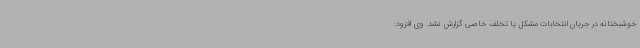
خوشبختانه در جریان انتخابات مشکل یا تخلف خاصی گزارش نشد. وی افزود: